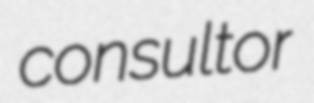
consultor